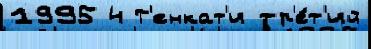
1995 4 Т'енкат'и тр'е́т'ий